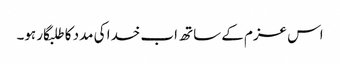
اس عزم کے ساتھ اب خدا کی مدد کا طلبگار ہو۔